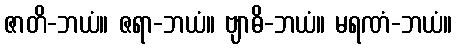
ဇာတိ-ဘယံ။ ဇရာ-ဘယံ။ ဗျာဓိ-ဘယံ။ မရဏံ-ဘယံ။